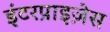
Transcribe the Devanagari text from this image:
इंटरप्राइज़ेस